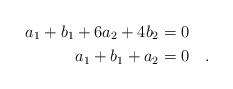
LaTeX: \begin{align*} & \phantom{o} & a_1 + b_1 + 6 a_2 + 4 b_2 &=0 \ \ \ \\& \phantom{o} & a_1+ b_1+a_2 &= 0 \ \ \ . \end{align*}